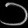
Digit: ၁